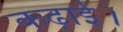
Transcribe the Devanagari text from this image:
कढ़ाई।